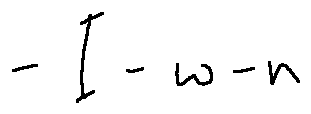
- I - w - n